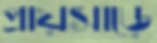
প্রায়সাড়ে